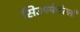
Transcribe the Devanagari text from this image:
सिउफ्फेटेल्ली